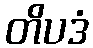
တိပဒံ